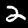
Label: 2